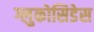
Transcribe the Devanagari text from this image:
ग्लुकोसिडेस